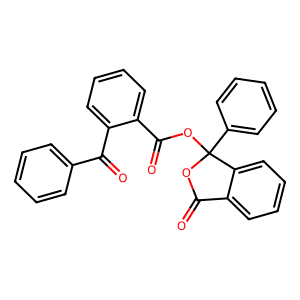
SMILES: O=C(OC1(c2ccccc2)OC(=O)c2ccccc21)c1ccccc1C(=O)c1ccccc1
Inhibits HIV replication: No